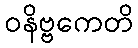
ဝနိဗ္ဗကေတိ